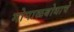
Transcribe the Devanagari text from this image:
गोपाळबोधाचे